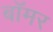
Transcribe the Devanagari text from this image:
बॉमर